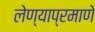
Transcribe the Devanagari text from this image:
लेण्याप्रमाणे